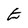
Character: E